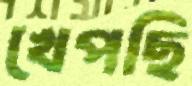
খেপছি